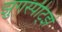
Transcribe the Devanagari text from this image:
झुगस्पीट्झे